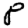
Digit: 8